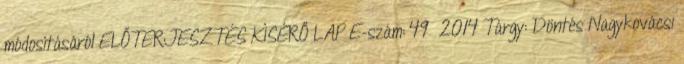
módosításáról ELŐTERJESZTÉS KÍSÉRŐ LAP E-szám: 49 2014 Tárgy: Döntés Nagykovácsi